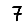
Digit: 7